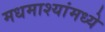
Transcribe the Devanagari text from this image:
मधमाश्यांमध्ये